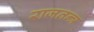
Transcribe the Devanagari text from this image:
राजतन्‍त्र